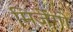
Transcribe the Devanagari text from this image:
मिजेंगो